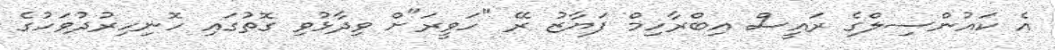
އެ ކައުންސިލްގެ ރައީސް އިބްރާހިމް ފަޔާޒު ރޭ "ހަވީރަ"ށް ވިދާޅުވި ގޮތުގައި ހޮނިހިރުދުވަހުގެ